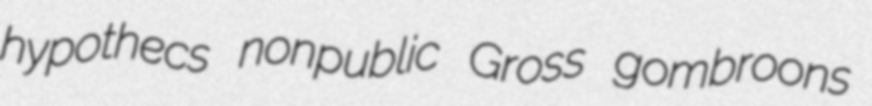
hypothecs nonpublic Gross gombroons